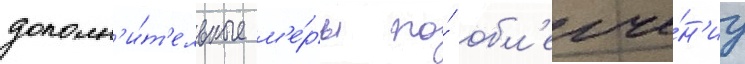
дополн'и́т'ельные м'е́ры по́ обл'егче́н'иу